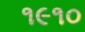
૧૯૧૦